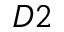
D 2